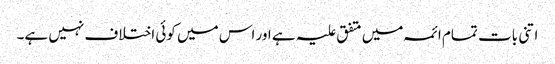
اتنی بات تمام ائمہ میں متفق علیہ ہے اور اس میں کوئی اختلاف نہیں ہے۔